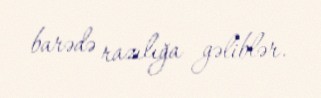
barədə razılığa gəliblər.